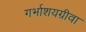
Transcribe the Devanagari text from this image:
गर्भाशयग्रीवा